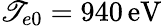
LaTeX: \mathscr{T}_{e0}=940\, \mathrm{{eV}}